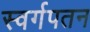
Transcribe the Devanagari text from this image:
स्वर्गपतन